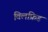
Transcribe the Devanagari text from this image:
विलफ्रिड